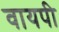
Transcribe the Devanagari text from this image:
वायपी